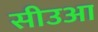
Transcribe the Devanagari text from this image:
सीउआ